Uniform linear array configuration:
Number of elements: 32
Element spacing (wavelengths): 0.5
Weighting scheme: exponential
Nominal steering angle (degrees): -60
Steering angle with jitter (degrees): -60.663
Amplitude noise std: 0.05
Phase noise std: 0.05

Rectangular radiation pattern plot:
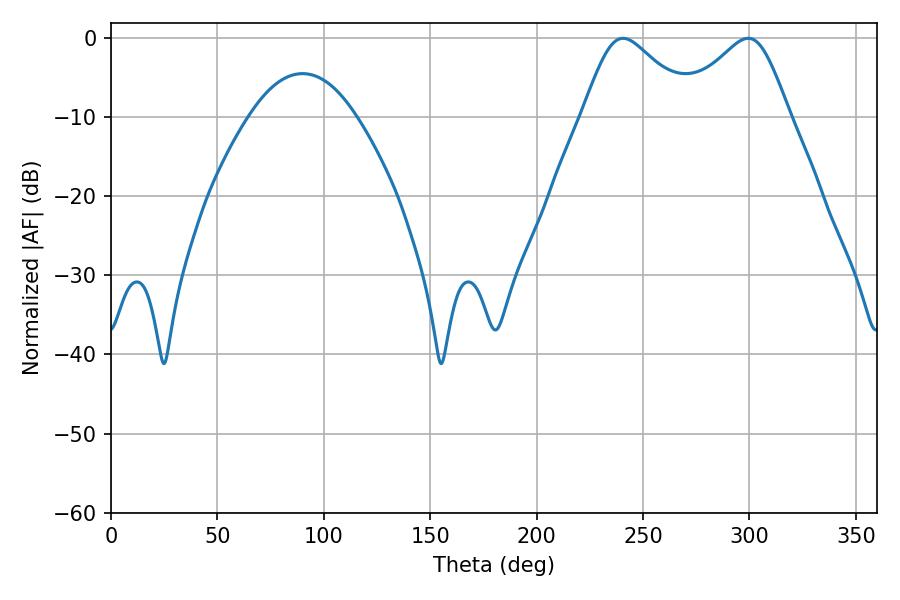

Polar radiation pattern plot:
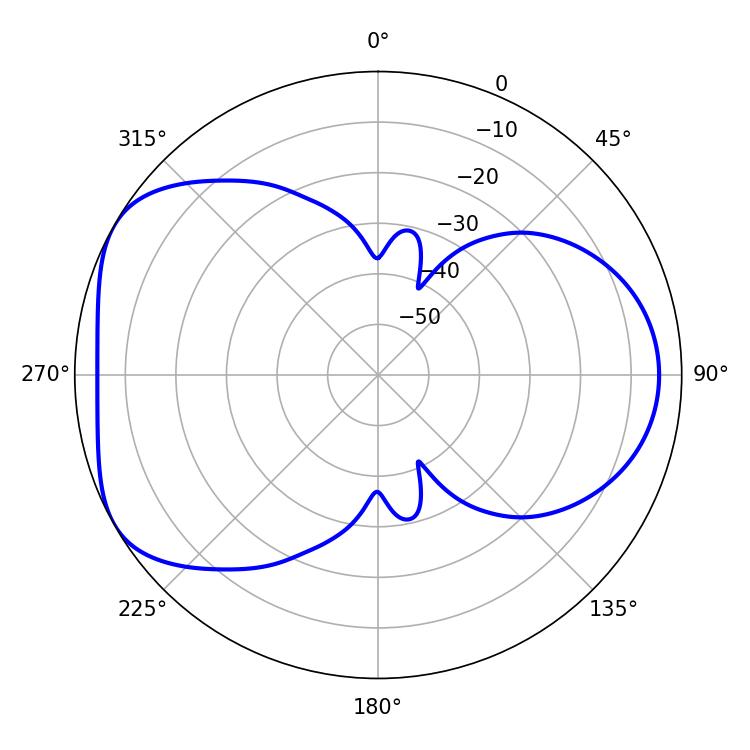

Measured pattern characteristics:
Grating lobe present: FALSE
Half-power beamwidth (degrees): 25.92
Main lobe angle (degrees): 240.66